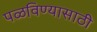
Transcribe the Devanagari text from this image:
पळविण्यासाठी